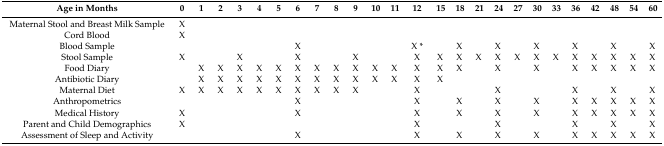
<table><thead><tr><td><b>Age in Months</b></td><td><b>0</b></td><td><b>1</b></td><td><b>2</b></td><td><b>3</b></td><td><b>4</b></td><td><b>5</b></td><td><b>6</b></td><td><b>7</b></td><td><b>8</b></td><td><b>9</b></td><td><b>10</b></td><td><b>11</b></td><td><b>12</b></td><td><b>15</b></td><td><b>18</b></td><td><b>21</b></td><td><b>24</b></td><td><b>27</b></td><td><b>30</b></td><td><b>33</b></td><td><b>36</b></td><td><b>42</b></td><td><b>48</b></td><td><b>54</b></td><td><b>60</b></td></tr></thead><tbody><tr><td>Maternal Stool and Breast Milk Sample</td><td>X</td><td></td><td></td><td></td><td></td><td></td><td></td><td></td><td></td><td></td><td></td><td></td><td></td><td></td><td></td><td></td><td></td><td></td><td></td><td></td><td></td><td></td><td></td><td></td><td></td></tr><tr><td>Cord Blood</td><td>X</td><td></td><td></td><td></td><td></td><td></td><td></td><td></td><td></td><td></td><td></td><td></td><td></td><td></td><td></td><td></td><td></td><td></td><td></td><td></td><td></td><td></td><td></td><td></td><td></td></tr><tr><td>Blood Sample</td><td></td><td></td><td></td><td></td><td></td><td></td><td>X</td><td></td><td></td><td></td><td></td><td></td><td>X *</td><td></td><td>X</td><td></td><td>X</td><td></td><td>X</td><td></td><td>X</td><td></td><td>X</td><td></td><td>X</td></tr><tr><td>Stool Sample</td><td>X</td><td></td><td></td><td>X</td><td></td><td></td><td>X</td><td></td><td></td><td>X</td><td></td><td></td><td>X</td><td>X</td><td>X</td><td>X</td><td>X</td><td>X</td><td>X</td><td>X</td><td>X</td><td>X</td><td>X</td><td>X</td><td>X</td></tr><tr><td>Food Diary</td><td></td><td>X</td><td>X</td><td>X</td><td>X</td><td>X</td><td>X</td><td>X</td><td>X</td><td>X</td><td>X</td><td>X</td><td>X</td><td>X</td><td>X</td><td></td><td>X</td><td></td><td>X</td><td></td><td>X</td><td>X</td><td>X</td><td>X</td><td>X</td></tr><tr><td>Antibiotic Diary</td><td></td><td>X</td><td>X</td><td>X</td><td>X</td><td>X</td><td>X</td><td>X</td><td>X</td><td>X</td><td>X</td><td>X</td><td>X</td><td>X</td><td></td><td></td><td></td><td></td><td></td><td></td><td></td><td></td><td></td><td></td><td></td></tr><tr><td>Maternal Diet</td><td>X</td><td>X</td><td>X</td><td>X</td><td>X</td><td>X</td><td>X</td><td>X</td><td>X</td><td>X</td><td></td><td></td><td>X</td><td></td><td></td><td></td><td>X</td><td></td><td></td><td></td><td>X</td><td></td><td>X</td><td></td><td>X</td></tr><tr><td>Anthropometrics</td><td></td><td></td><td></td><td></td><td></td><td></td><td>X</td><td></td><td></td><td></td><td></td><td></td><td>X</td><td></td><td>X</td><td></td><td>X</td><td></td><td>X</td><td></td><td>X</td><td>X</td><td>X</td><td>X</td><td>X</td></tr><tr><td>Medical History</td><td>X</td><td></td><td></td><td></td><td></td><td></td><td>X</td><td></td><td></td><td></td><td></td><td></td><td>X</td><td></td><td>X</td><td></td><td>X</td><td></td><td>X</td><td></td><td>X</td><td>X</td><td>X</td><td>X</td><td>X</td></tr><tr><td>Parent and Child Demographics</td><td>X</td><td></td><td></td><td></td><td></td><td></td><td></td><td></td><td></td><td></td><td></td><td></td><td>X</td><td></td><td></td><td></td><td>X</td><td></td><td></td><td></td><td>X</td><td></td><td>X</td><td></td><td>X</td></tr><tr><td>Assessment of Sleep and Activity</td><td></td><td></td><td></td><td></td><td></td><td></td><td>X</td><td></td><td></td><td></td><td></td><td></td><td>X</td><td></td><td>X</td><td></td><td>X</td><td></td><td>X</td><td></td><td>X</td><td>X</td><td>X</td><td>X</td><td>X</td></tr></tbody></table>